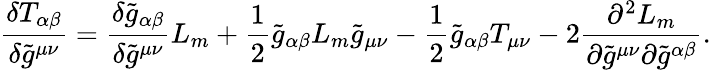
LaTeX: \frac{\delta T_{\alpha\beta}}{\delta\tilde{g}^{\mu\nu}}=\frac{\delta\tilde{g}_{\alpha\beta}}{\delta\tilde{g}^{\mu\nu}}L_{m}+\frac{1}{2}\tilde{g}_{\alpha\beta}L_{m}\tilde{g}_{\mu\nu}-\frac{1}{2}\tilde{g}_{\alpha\beta}T_{\mu\nu}-2\frac{\partial^{2}L_{m}}{\partial\tilde{g}^{\mu\nu}\partial\tilde{g}^{\alpha\beta}}.